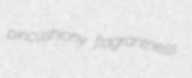
pincushiony flagrantness